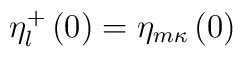
\eta_l^+\left(0\right)=\eta_{m\kappa}\left(0\right)